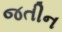
જતીન